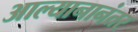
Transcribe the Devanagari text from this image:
आल्यानानंतर